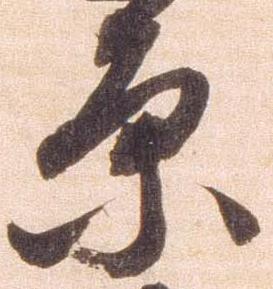
原